Distribution and causation of leprosy in British India
Year: 1875
Disease focus: Leprosy
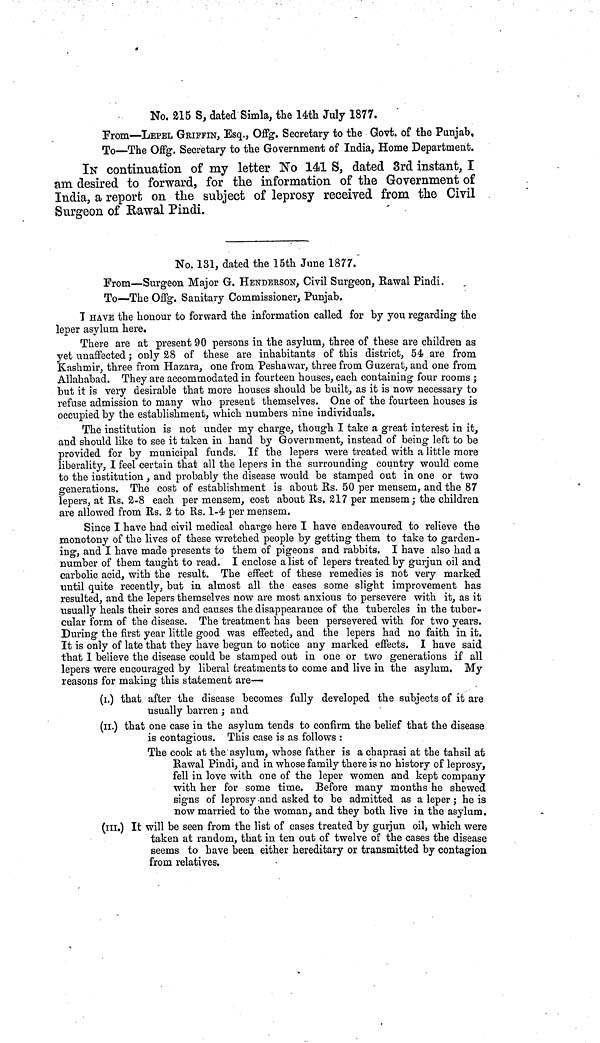
No. 215 S, dated Simla, the 14th July 1877.
From—LEPEL GRIFFIN, Esq., Offg. Secretary to the Govt. of the Punjab,
To—The Offg. Secretary to the Government of India, Home Department.
IN continuation of my letter No 141 S, dated 3rd instant, I
am desired to forward, for the information of the Government of
India, a report on the subject of leprosy received from the Civil
Surgeon of E/awal Pindi.
No. 131, dated the 15th June 1877.
From—Surgeon Major G. HENDERSON, Civil Surgeon, Rawal Pindi.
To—The OfFg. Sanitary Commissioner, Punjab.
Τ HAVE the honour to forward the information called for by you regarding the
leper asylum here.
There are at present 90 persons in the asylum, three of these are children as
yet unaffected ; only 28 of these are inhabitants of this district, 54 are from
Kashmir, three from Hazara, one from Peshawar, three from Guzerat, and one from.
Allahabad. They are accommodated in fourteen houses, each containing four rooms ;
but it is very desirable that more houses should be built, as it is now necessary to
refuse admission to many who present themselves. One of the fourteen houses is
occupied by the establishment, which numbers nine individuals.
The institution is not under my charge, though I take a great interest in it,
and should like to see it taken in hand by Government, instead of being left to be
provided for by municipal funds. If the lepers were treated with a little more
liberality, I feel certain that all the lepers in the surrounding country would come
to the institution, and probably the disease would be stamped out in one or two
generations. The cost of establishment is about Us. 50 per mensem, and the 87
lepers, at Rs. 2-8 each per mensem, cost about Us. 217 per mensem; the children,
are allowed from Rs. 2 to Rs. 1-4 per mensem.
Since I have had civil medical charge here I have endeavoured to relieve the
monotony of the lives of these wretched people by getting them to take to garden-
ing, and I have made presents to them of pigeons and rabbits. I have also had a
number of them taught to read. I enclose a list of lepers treated by gurjun oil and
carbolic acid, with the result. The effect of these remedies is not very marked
until quite recently, but in almost all the cases some slight improvement has
resulted, and the lepers themselves now are most anxious to persevere with it, as it
usually heals their sores and causes the disappearance of the tubercles in the tuber-
cular form of the disease. The treatment has been persevered with for two years.
During the first year little good was effected, and the lepers had no faith in it.
It is only of late that they have begun to notice any marked effects. I have said
that I believe the disease could be stamped out in one or two generations if all
lepers were encouraged by liberal treatments to come and live in the asylum. My
reasons for making this statement are—
(i.) that after the disease becomes fully developed the subjects of it are
usually barren ; and
(n.) that one case in the asylum tends to confirm the belief that the disease
is contagious. This case is as follows :
The cook at the asylum, whose father is a chaprasi at the tahsil at
Rawal Pindi, and in whose family there is no history of leprosy,
fell in love with one of the leper women and kept company
with her for some time. Before many months he shewed
signs of leprosy and asked to be admitted as a leper ; he is
now married to the woman, and they both live in the asylum,
(in.) It will be seen from the list of cases treated by gurjun oil, which were
taken at random, that in ten out of twelve of the cases the disease
seems to have been either hereditary or transmitted by contagion
from relatives.